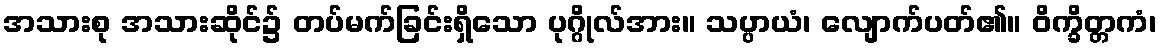
အသားစု အသားဆိုင်၌ တပ်မက်ခြင်းရှိသော ပုဂ္ဂိုလ်အား။ သပ္ပာယံ၊ လျောက်ပတ်၏။ ဝိက္ခိတ္တကံ၊